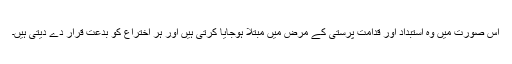
اس صورت میں وہ استبداد اور قدامت پرستی کے مرض میں مبتلا ہوجایا کرتی ہیں اور ہر اختراع کو بدعت قرار دے دیتی ہیں۔